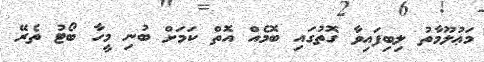
މަޢުލޫމާތު ލިބިފައިވާ ގޮތުގައި ބޮމެއް އޮތް ކަމަށް ބުނި މީހާ ބޯޓު ތެރޭ